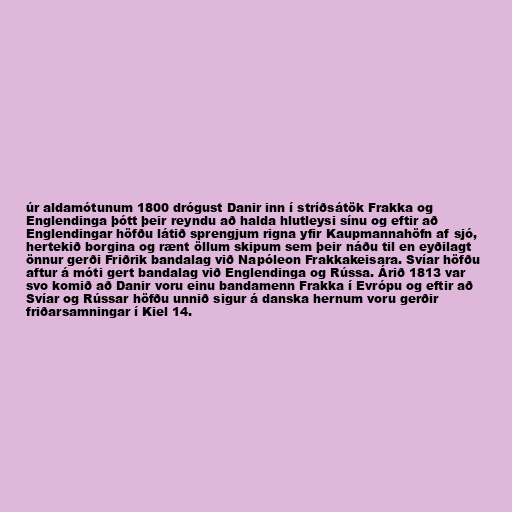
úr aldamótunum 1800 drógust Danir inn í stríðsátök Frakka og
Englendinga þótt þeir reyndu að halda hlutleysi sínu og eftir að
Englendingar höfðu látið sprengjum rigna yfir Kaupmannahöfn af sjó,
hertekið borgina og rænt öllum skipum sem þeir náðu til en eyðilagt
önnur gerði Friðrik bandalag við Napóleon Frakkakeisara. Svíar höfðu
aftur á móti gert bandalag við Englendinga og Rússa. Árið 1813 var
svo komið að Danir voru einu bandamenn Frakka í Evrópu og eftir að
Svíar og Rússar höfðu unnið sigur á danska hernum voru gerðir
friðarsamningar í Kiel 14.